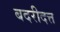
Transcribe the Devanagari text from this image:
बदरीदत्त